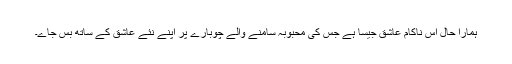
ہمارا حال اس ناکام عاشق جیسا ہے جس کی محبوبہ سامنے والے چوبارے پر اپنے نئے عاشق کے ساتھ بس جاے۔